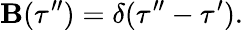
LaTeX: \mathbf{B}(\tau^{\prime\prime})=\delta(\tau^{\prime\prime}-\tau^{\prime}).